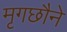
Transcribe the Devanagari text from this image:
मृगछौने